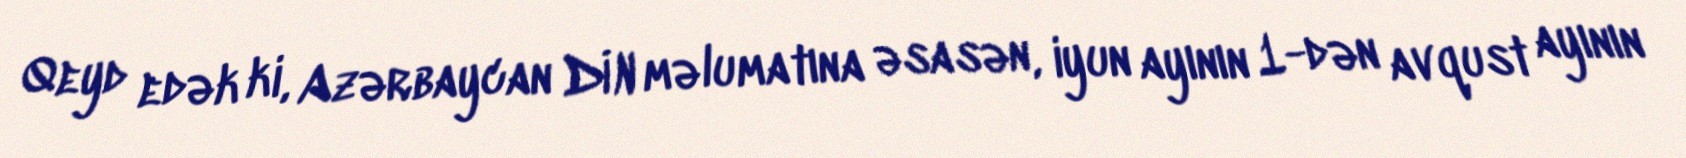
Qeyd edək ki, Azərbaycan DİN məlumatına əsasən, iyun ayının 1-dən avqust ayının